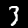
Label: 3